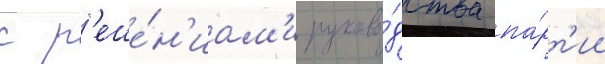
с р'еше́н'иам'и руково́дства па́рт'ии